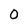
Character: 0